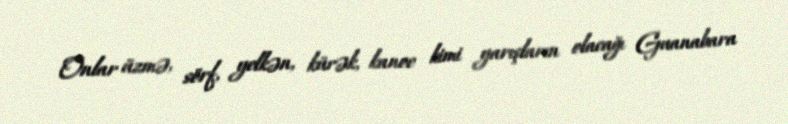
Onlar üzmə, sörf, yelkən, kürək, kanoe kimi yarışların olacağı Guanabara